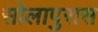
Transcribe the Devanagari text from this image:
सोलापुरास